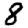
Digit: 8